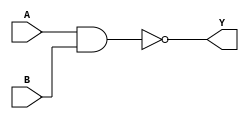
module NAND_Delay (
    input wire A,
    input wire B,
    output reg Y
);

parameter delay = 5;  // Set the delay value to 5 time units

always @ (A or B)
begin
    #delay;  // Introduce a delay based on the parameter value
    Y <= ~(A & B);  // Implement NAND gate functionality with delay
end

endmodule